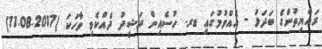
ރައްޔިތުންގެ ބަދަލު - އެއްވުމުގައި ޑރ. ހުސެއިން ރަޝީދު ދެއްކެވި ވާހަކަ (11.08.2017)